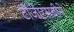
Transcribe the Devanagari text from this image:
टीजेएसबीने